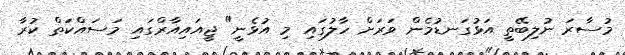
މުސާރަ ނުލިބޭތީ އަޅުގަނޑުމެން ވަރަށް ހާލުގައި މި އުޅެނީ" ޖީއައިއާރްގައި މަސައްކަތް ކުރާ